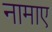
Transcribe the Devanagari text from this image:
नामाए